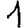
Digit: 1